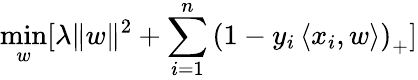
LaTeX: \operatorname*{min}_{w}[\lambda\| w\| ^{2}+\sum_{i=1}^{n}\left(1-y_{i}\left\langle x_{i},w\right\rangle\right)_{+}]